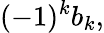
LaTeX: (-1)^{k}b_{k},